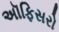
અૉફિસરો